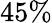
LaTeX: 45\%